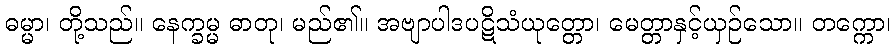
ဓမ္မာ၊ တို့သည်။ နေက္ခမ္မ ဓာတု၊ မည်၏။ အဗျာပါဒပဋိသံယုတ္တော၊ မေတ္တာနှင့်ယှဉ်သော။ တက္ကော၊